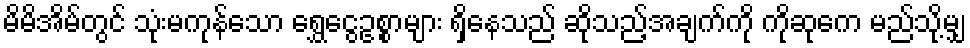
မိမိအိမ်တွင် သုံးမကုန်သော ရွှေငွေဥစ္စာများ ရှိနေသည် ဆိုသည့်အချက်ကို ကိုဆုကေ မည်သို့မျှ